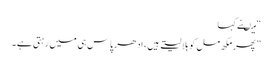
“ میںنے کہا
” پھر مکھ مل کو بلا لیتے ہیں ، ادھر پاس ہی میں رہتی ہے ۔